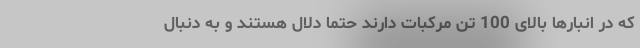
که در انبار‌ها بالای 100 تن مرکبات دارند حتماً دلال هستند و به دنبال